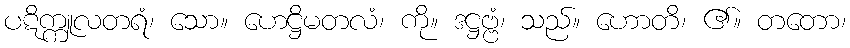
ပဋိက္ကူလတရံ၊ သော။ ဟေဋ္ဌိမတလံ၊ ကို။ ဒဋ္ဌဗ္ဗံ၊ သည်။ ဟောတိ၊ ၏။ တတော၊